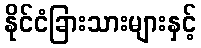
နိုင်ငံခြားသားများနှင့်